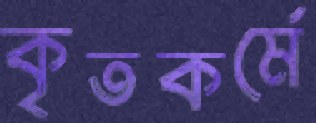
কৃতকর্মে